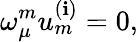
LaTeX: \omega_{\mu}^{{m}}u_{{m}}^{{(\mathbf{i})}}=0,